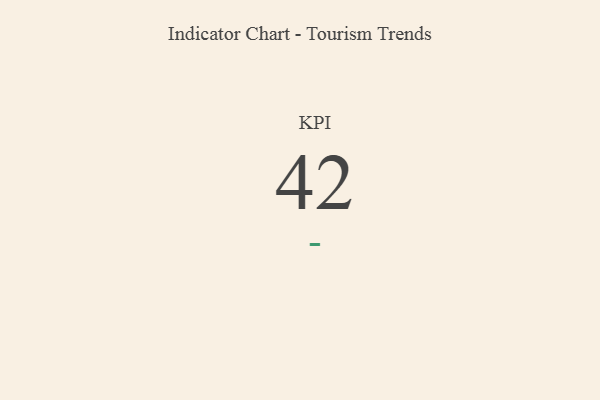
{"axis": {"x": "KPI", "y": "Value"}, "legend": [""], "data": [{"x": "KPI", "y": 42, "type": ""}]}